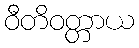
ဝီတိဝတ္တာယ